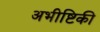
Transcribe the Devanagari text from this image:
अभीष्टिकी